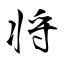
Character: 将